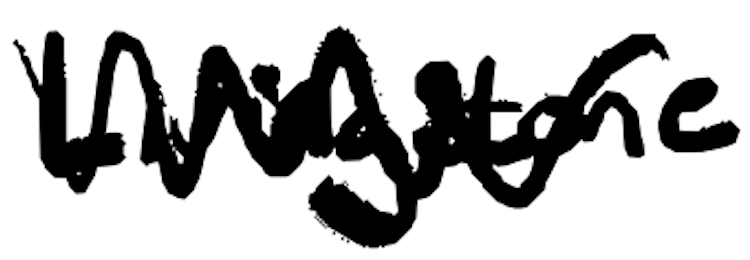
Text: Livingstone
Cross-out: mix
Writing tool: digital_black